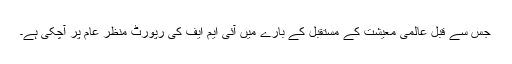
جس سے قبل عالمی معیشت کے مستقبل کے بارے میں آئی ایم ایف کی رپورٹ منظر عام پر آچکی ہے۔